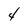
Character: 4